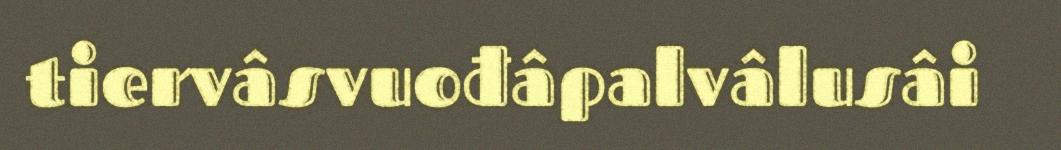
tiervâsvuođâpalvâlusâi